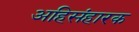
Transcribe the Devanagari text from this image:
अहिसंहारक